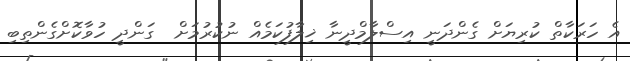
އެ ހަރަކާތް ކުރިޔަށް ގެންދަނީ އިސްލާމްދީނާ ޚިލާފުކަމެއް ނުކުރުމަށް  ގަންދީ ހުވާކޮށްގެންތިބި